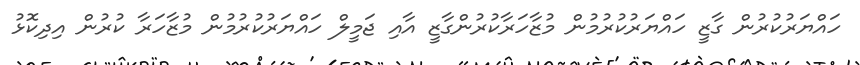
ހައްޔަރުކުރުން ގާޒީ ހައްޔަރުކުރުމުން މުޒާހަރާކުރުންގާޒީ އާއި ޖަމީލް ހައްޔަރުކުރުމުން މުޒާހަރާ ކުރުން އިދިކޮޅު